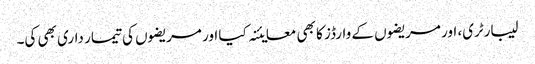
لیبارٹری، اور مریضوں کے وارڈز کا بھی معایئنہ کیا اور مریضوں کی تیمار داری بھی کی۔